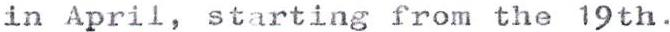
in April, starting from the 19th.